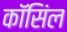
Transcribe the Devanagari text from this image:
कॉसिंल